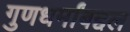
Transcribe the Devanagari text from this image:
गुणधर्मांबद्दल